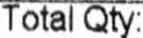
TOTAL QTY: